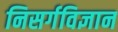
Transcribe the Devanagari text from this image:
निसर्गविज्ञान